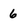
Character: 6